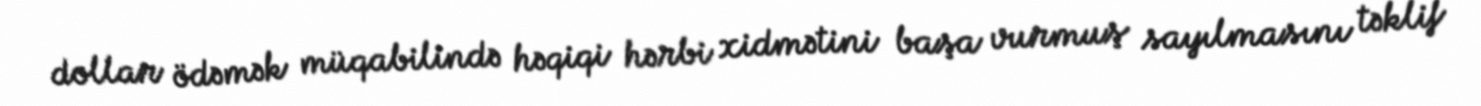
dollar ödəmək müqabilində həqiqi hərbi xidmətini başa vurmuş sayılmasını təklif